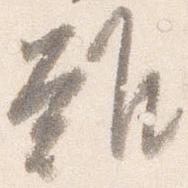
難